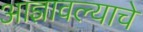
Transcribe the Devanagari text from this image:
आज्ञावल्याचे